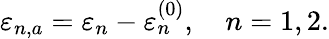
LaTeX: \varepsilon_{n,a}=\varepsilon_{n}-\varepsilon_{n}^{(0)},\quad n=1,2.